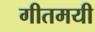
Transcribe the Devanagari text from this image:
गीतमयी